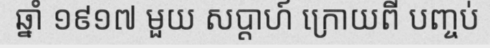
ឆ្នាំ ១៩១៧ មួយ សប្តាហ៍ ក្រោយពី បញ្ចប់